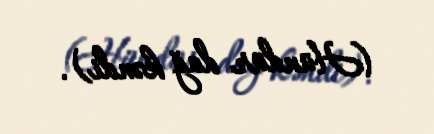
(Hündür dağ kəndi).